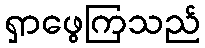
ရှာဖွေကြသည်